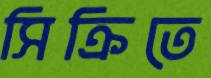
সিক্রিতে